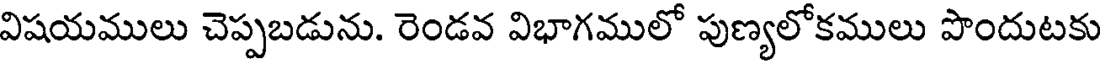
విషయములు చెప్పబడును. రెండవ విభాగములో పుణ్యలోకములు పొందుటకు